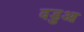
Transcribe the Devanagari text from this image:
वडुआ